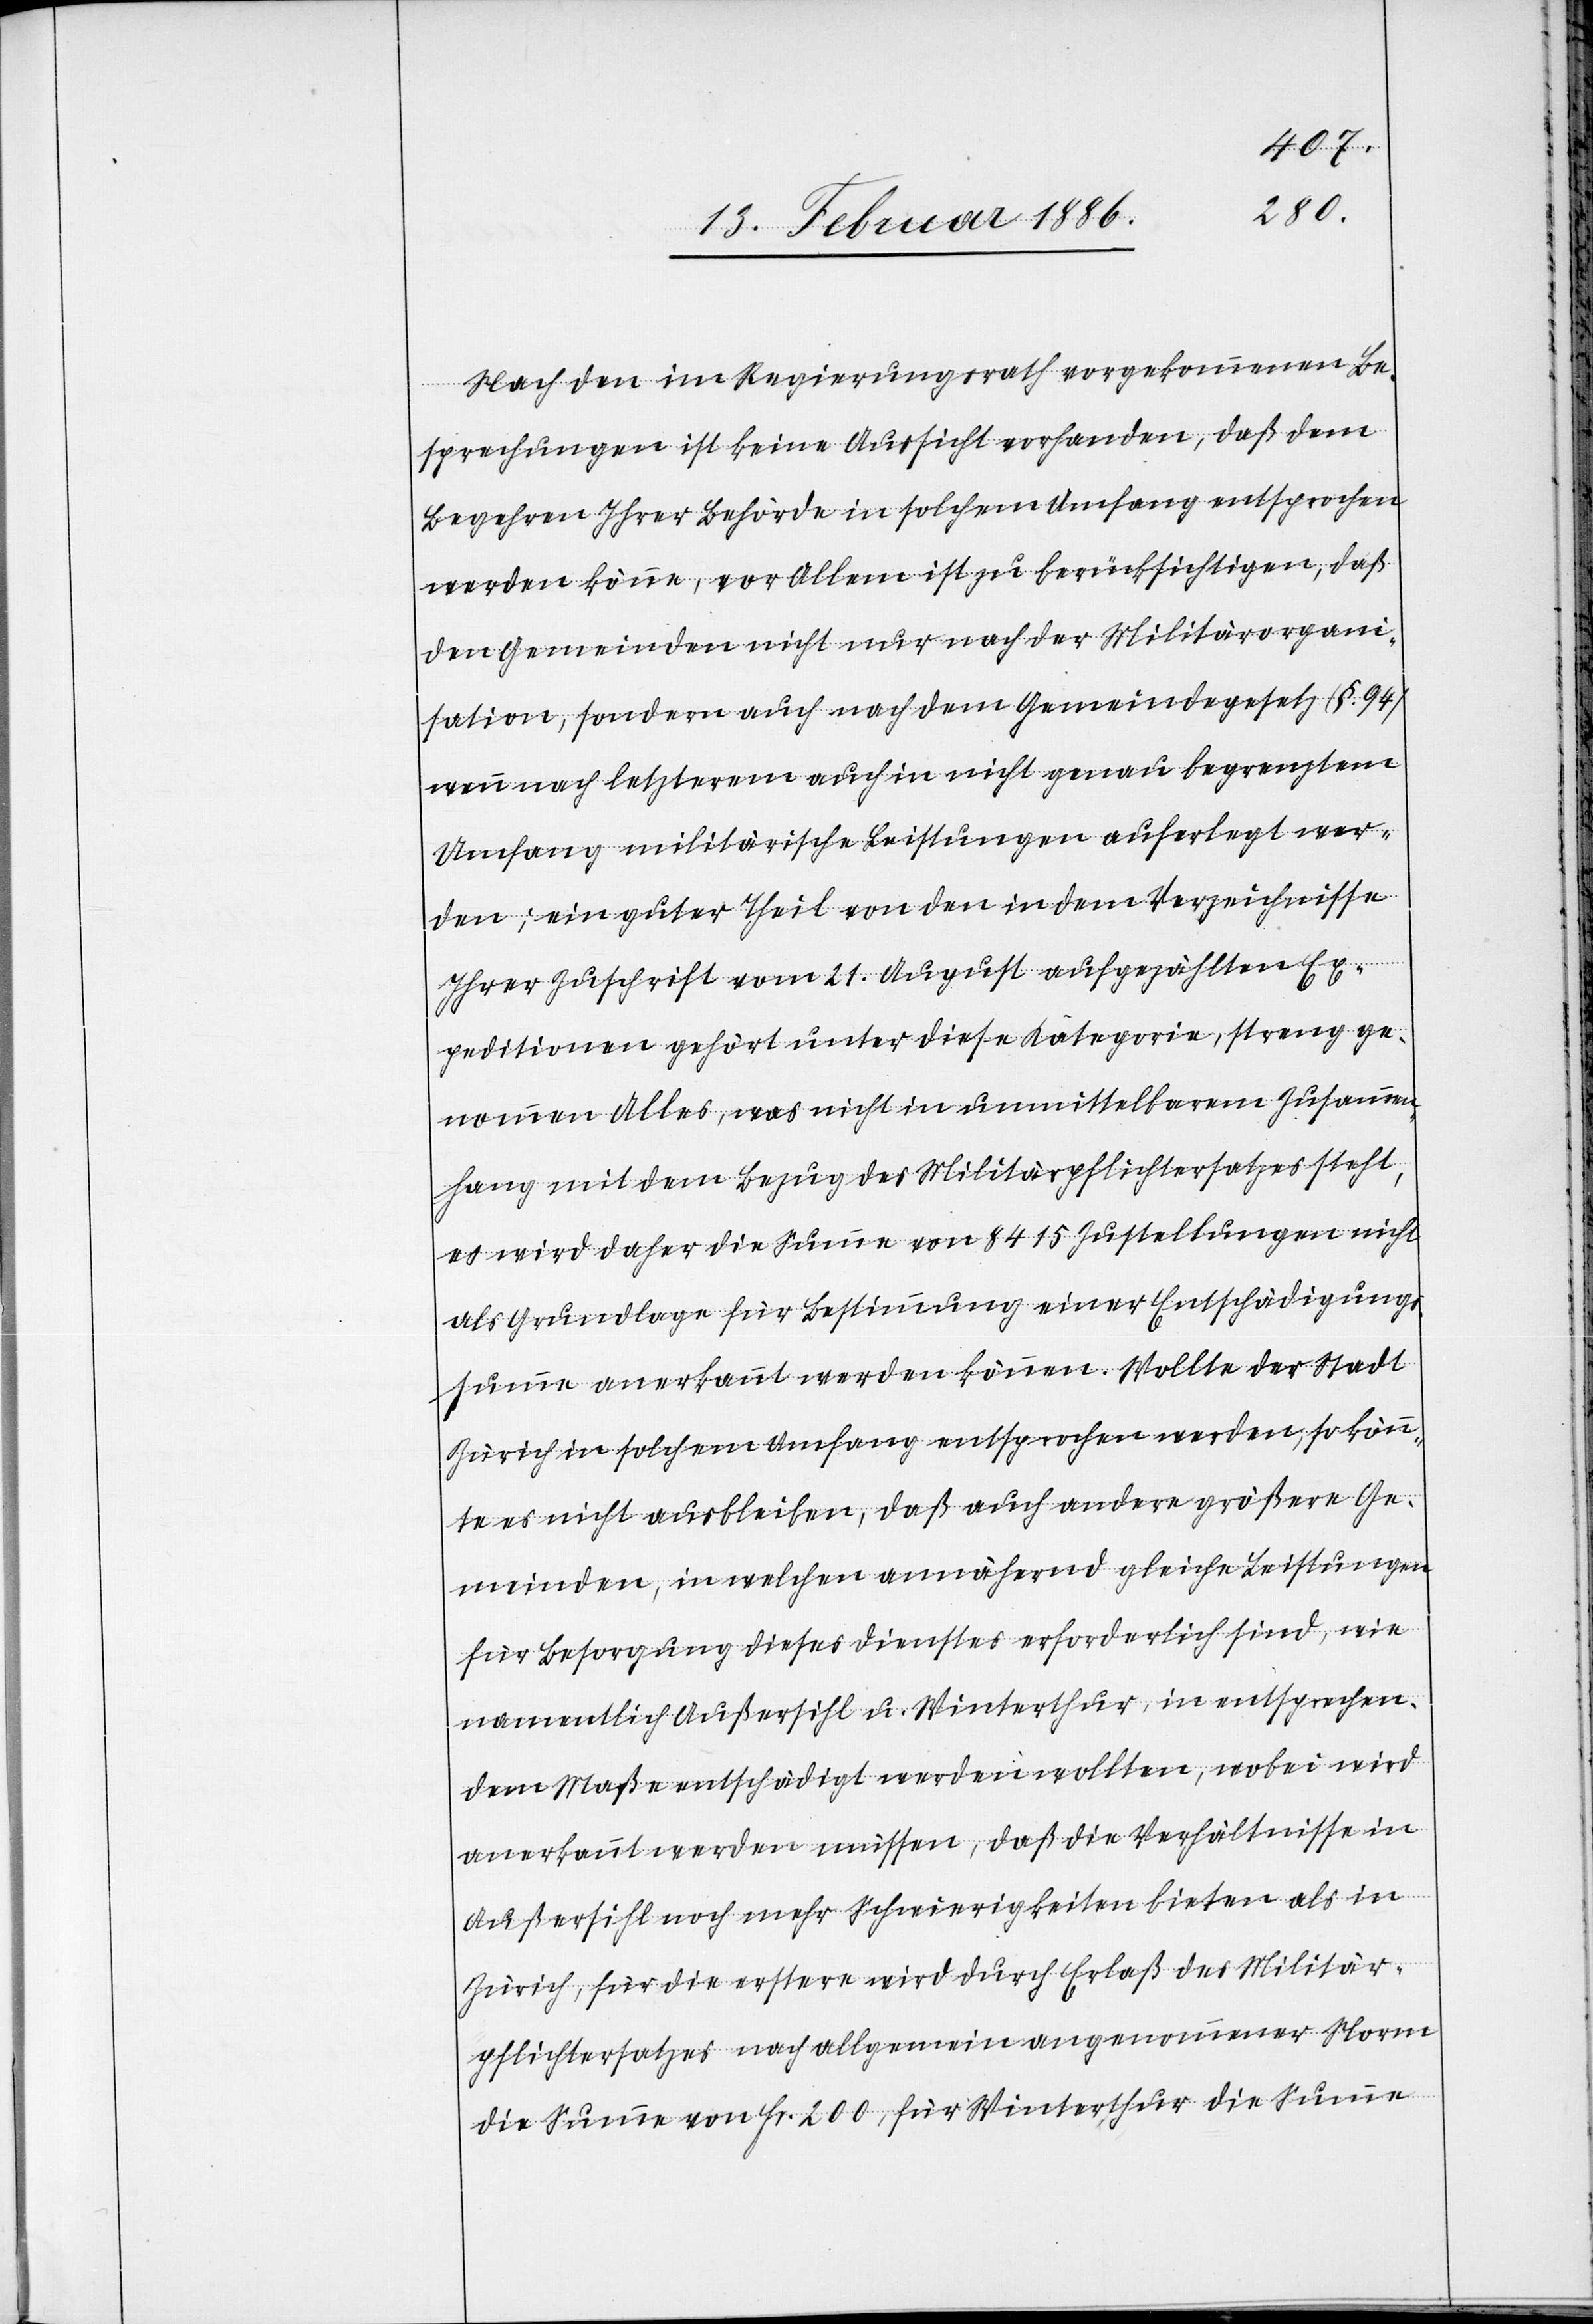
Nach den im Regierungsrath vorgekommenen Be¬
sprechungen ist keine Aussicht vorhanden, daß dem
Begehren Ihrer Behörde in solchem Umfang entsprochen
werden könne, vor Allem ist zu berücksichtigen, daß
den Gemeinden nicht nur nach der Militärorgani¬
sation, sondern auch nach dem Gemeindegesetz (§. 94)
wenn nach letzterem auch in nicht genau begrenztem
Umfang militärische Leistungen auferlegt wer¬
den; ein guter Theil von den in dem Verzeichnisse
Ihrer Zuschrift vom 21. August aufgezählten Ex¬
peditionen gehört unter diese Kategorie, streng ge¬
nommen Alles, was nicht in unmittelbarem Zusammen¬
hang mit dem Bezug des Militärpflichtersatzes steht,
es wird daher die Summe von 8415 Zustellungen nicht
als Grundlage für Bestimmung einer Entschädigungs¬
summe anerkannt werden können. Wollte der Stadt
Zürich in solchem Umfang entsprochen werden, so kön¬
nte es nicht ausbleiben, daß auch andere größere Ge¬
meinden, in welchen annährend gleiche Leistungen
für Besorgung dieses Dienstes erforderlich sind, wie
namentlich Außersihl u. Winterthur, in entsprechen¬
dem Maße entschädigt werden wollten, wobei wird
anerkannt werden müssen, daß die Verhältnisse in
Außersihl noch mehr Schwierigkeiten bieten als in
Zürich, für die erstere wird durch Erlaß des Militär¬
pflichtersatzes nach allgemein angenommener Norm
die Summe von Fr. 200, für Winterthur die Summe